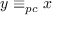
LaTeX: y \equiv _ { p c } x